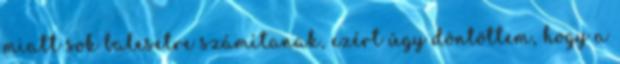
miatt sok balesetre számítanak, ezért úgy döntöttem, hogy a